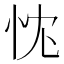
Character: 𢘚